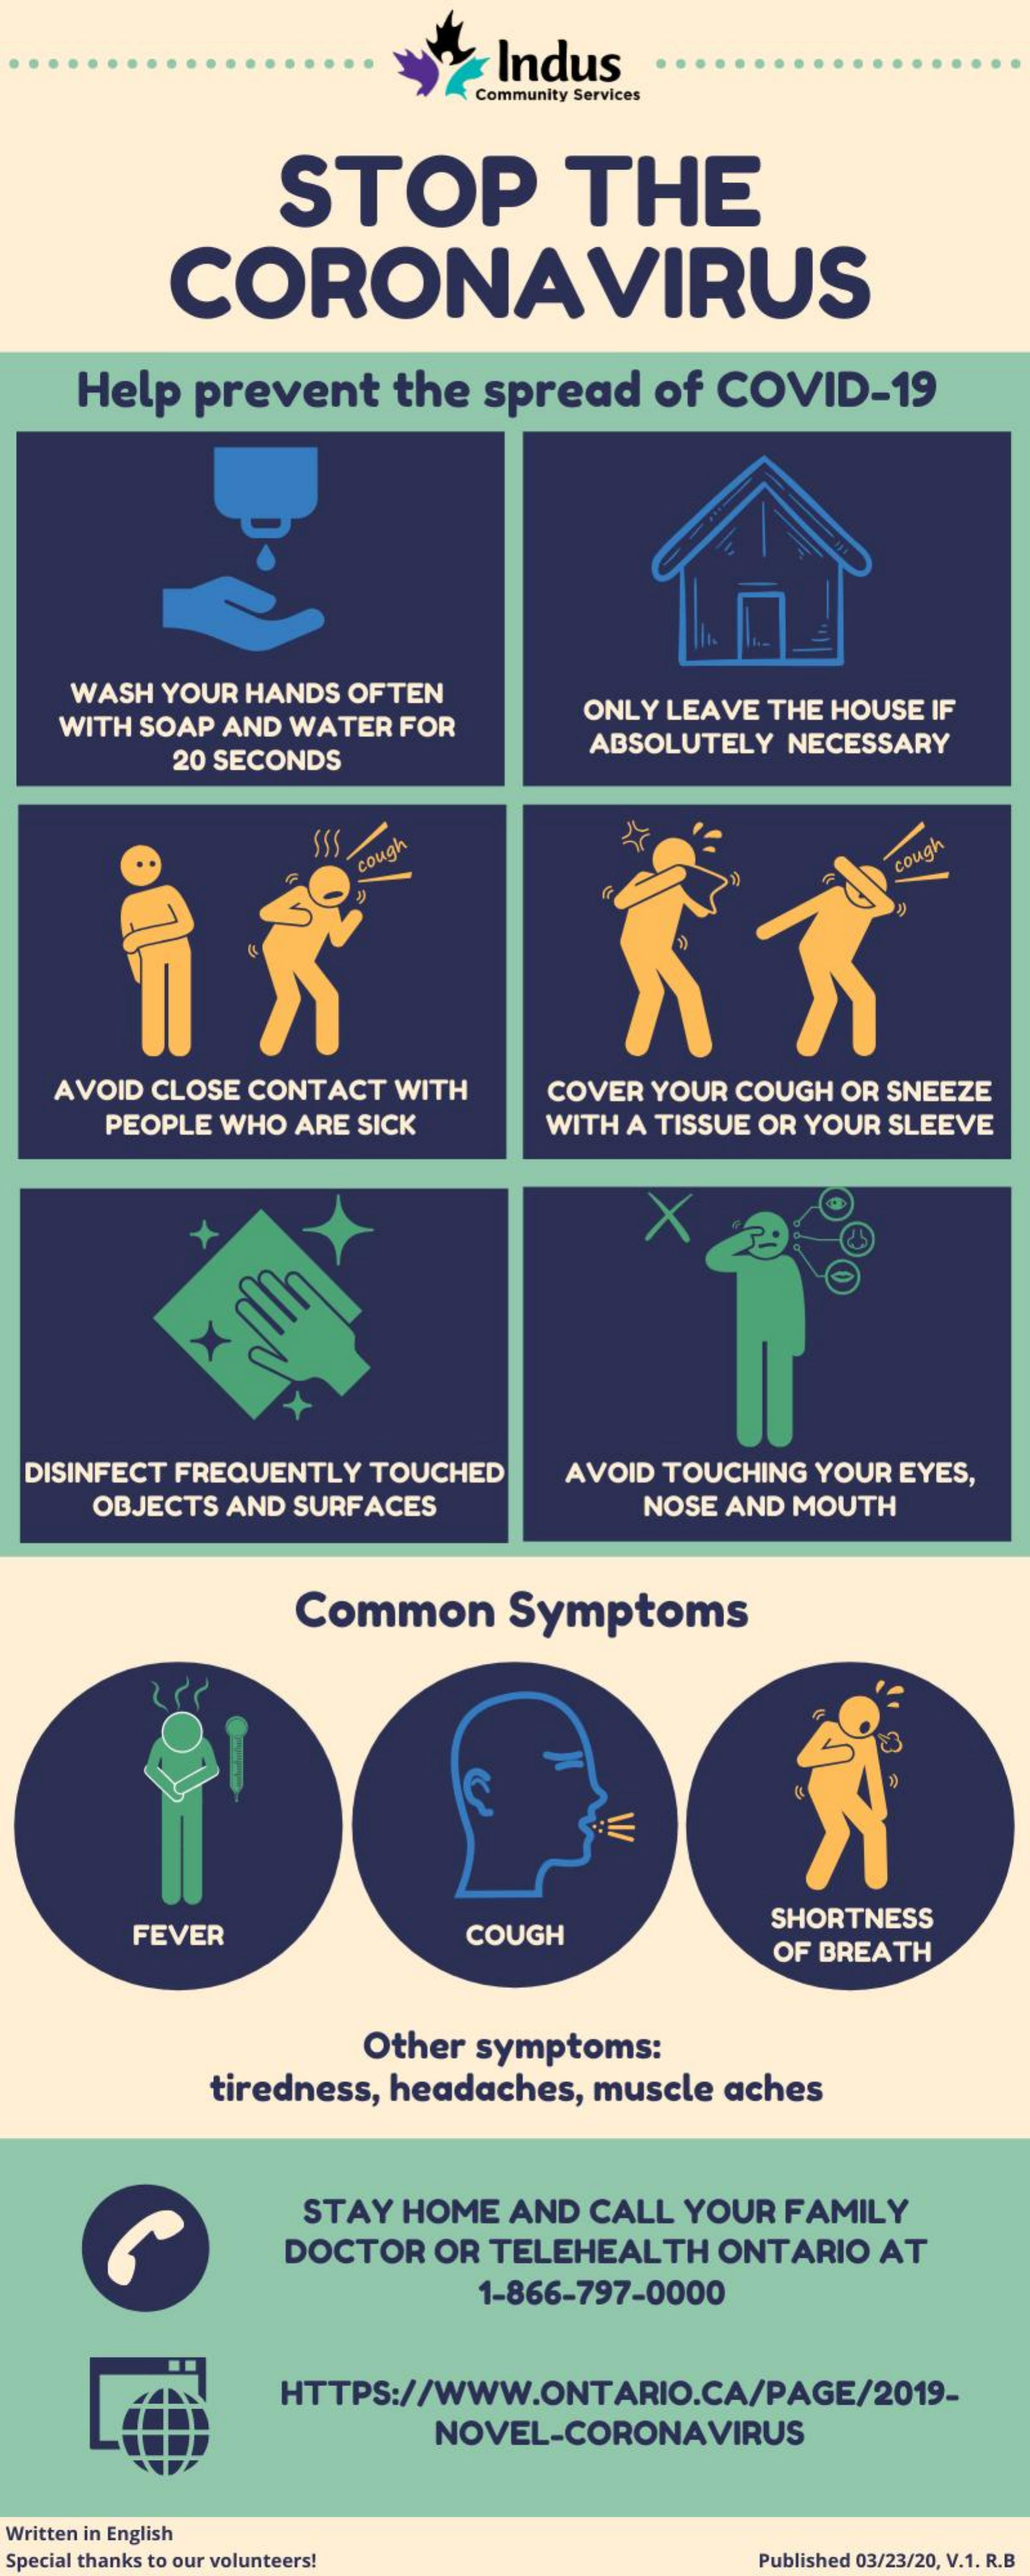
Indus
     Community Services
     STOP    THE
     CORONAVIRUS
    Help  prevent    the  spread   of COVID-19
    WASH YOUR HANDS OFTEN
   WITH SOAP AND WATER FOR
     ONLY LEAVE THE HOUSE IF
     20 SECONDS
     ABSOLUTELY NECESSARY
     SSS cough    cough
   AVOID CLOSE CONTACT WITH   COVER YOUR COUGH OR SNEEZE
     PEOPLE WHO ARE SICK    WITH A TISSUE OR YOUR SLEEVE
  DISINFECT FREQUENTLY TOUCHED AVOID TOUCHING YOUR EYES,
     OBJECTS AND SURFACES    NOSE AND MOUTH
     Common    Symptoms
     FEVER    COUGH
     SHORTNESS
     OF BREATH
     Other symptoms:
     tiredness, headaches, muscle aches
     STAY HOME AND  CALL YOUR FAMILY
     DOCTOR OR TELEHEALTH  ONTARIO  AT
     1-866-797-0000
     HTTPS://WWW.ONTARIO.CA/PAGE/2019-
     NOVEL-CORONAVIRUS
  Written in English
  Special thanks to our volunteers!    Published 03/23/20, V.1. R.B